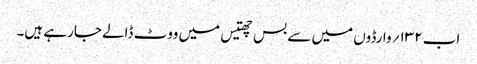
اب ۱۳۲؍ وارڈوں میں سے بس چھتیس میں ووٹ ڈالے جارہے ہیں۔